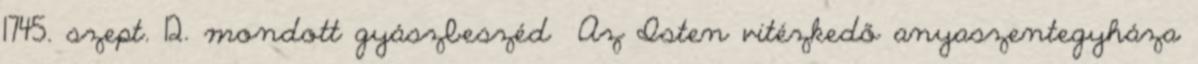
1745. szept. 12. mondott gyászbeszéd Az Isten vitézkedő anyaszentegyháza